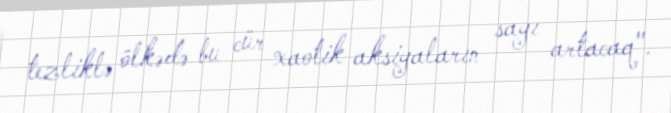
tezliklə ölkədə bu cür xaotik aksiyaların sayı artacaq".